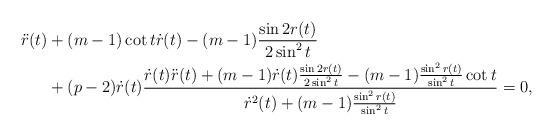
LaTeX: \begin{align*}\ddot r(t)&+(m-1)\cot t \dot r(t)-(m-1)\frac{\sin 2r(t)}{2\sin^2t} \\&+(p-2)\dot r(t)\frac{\dot r(t)\ddot r(t)+(m-1)\dot r(t)\frac{\sin 2r(t)}{2\sin^2t}-(m-1)\frac{\sin^ 2 r(t)}{\sin^2t}\cot t}{\dot r^2(t)+(m-1)\frac{\sin^2r(t)}{\sin^2t}}=0,\end{align*}